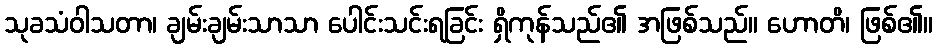
သုခသံဝါသတာ၊ ချမ်းချမ်းသာသာ ပေါင်းသင်းရခြင်း ရှိကုန်သည်၏ အဖြစ်သည်။ ဟောတိ၊ ဖြစ်၏။